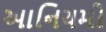
આનિયમો